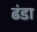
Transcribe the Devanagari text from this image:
ढंडा